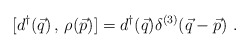
\begin{align*}[d^{\dagger}(\vec{q})\,,\,\rho (\vec{p})]=d^{\dagger}(\vec{q})\delta^{(3)}(\vec{q}-\vec{p}) \,\,.\end{align*}